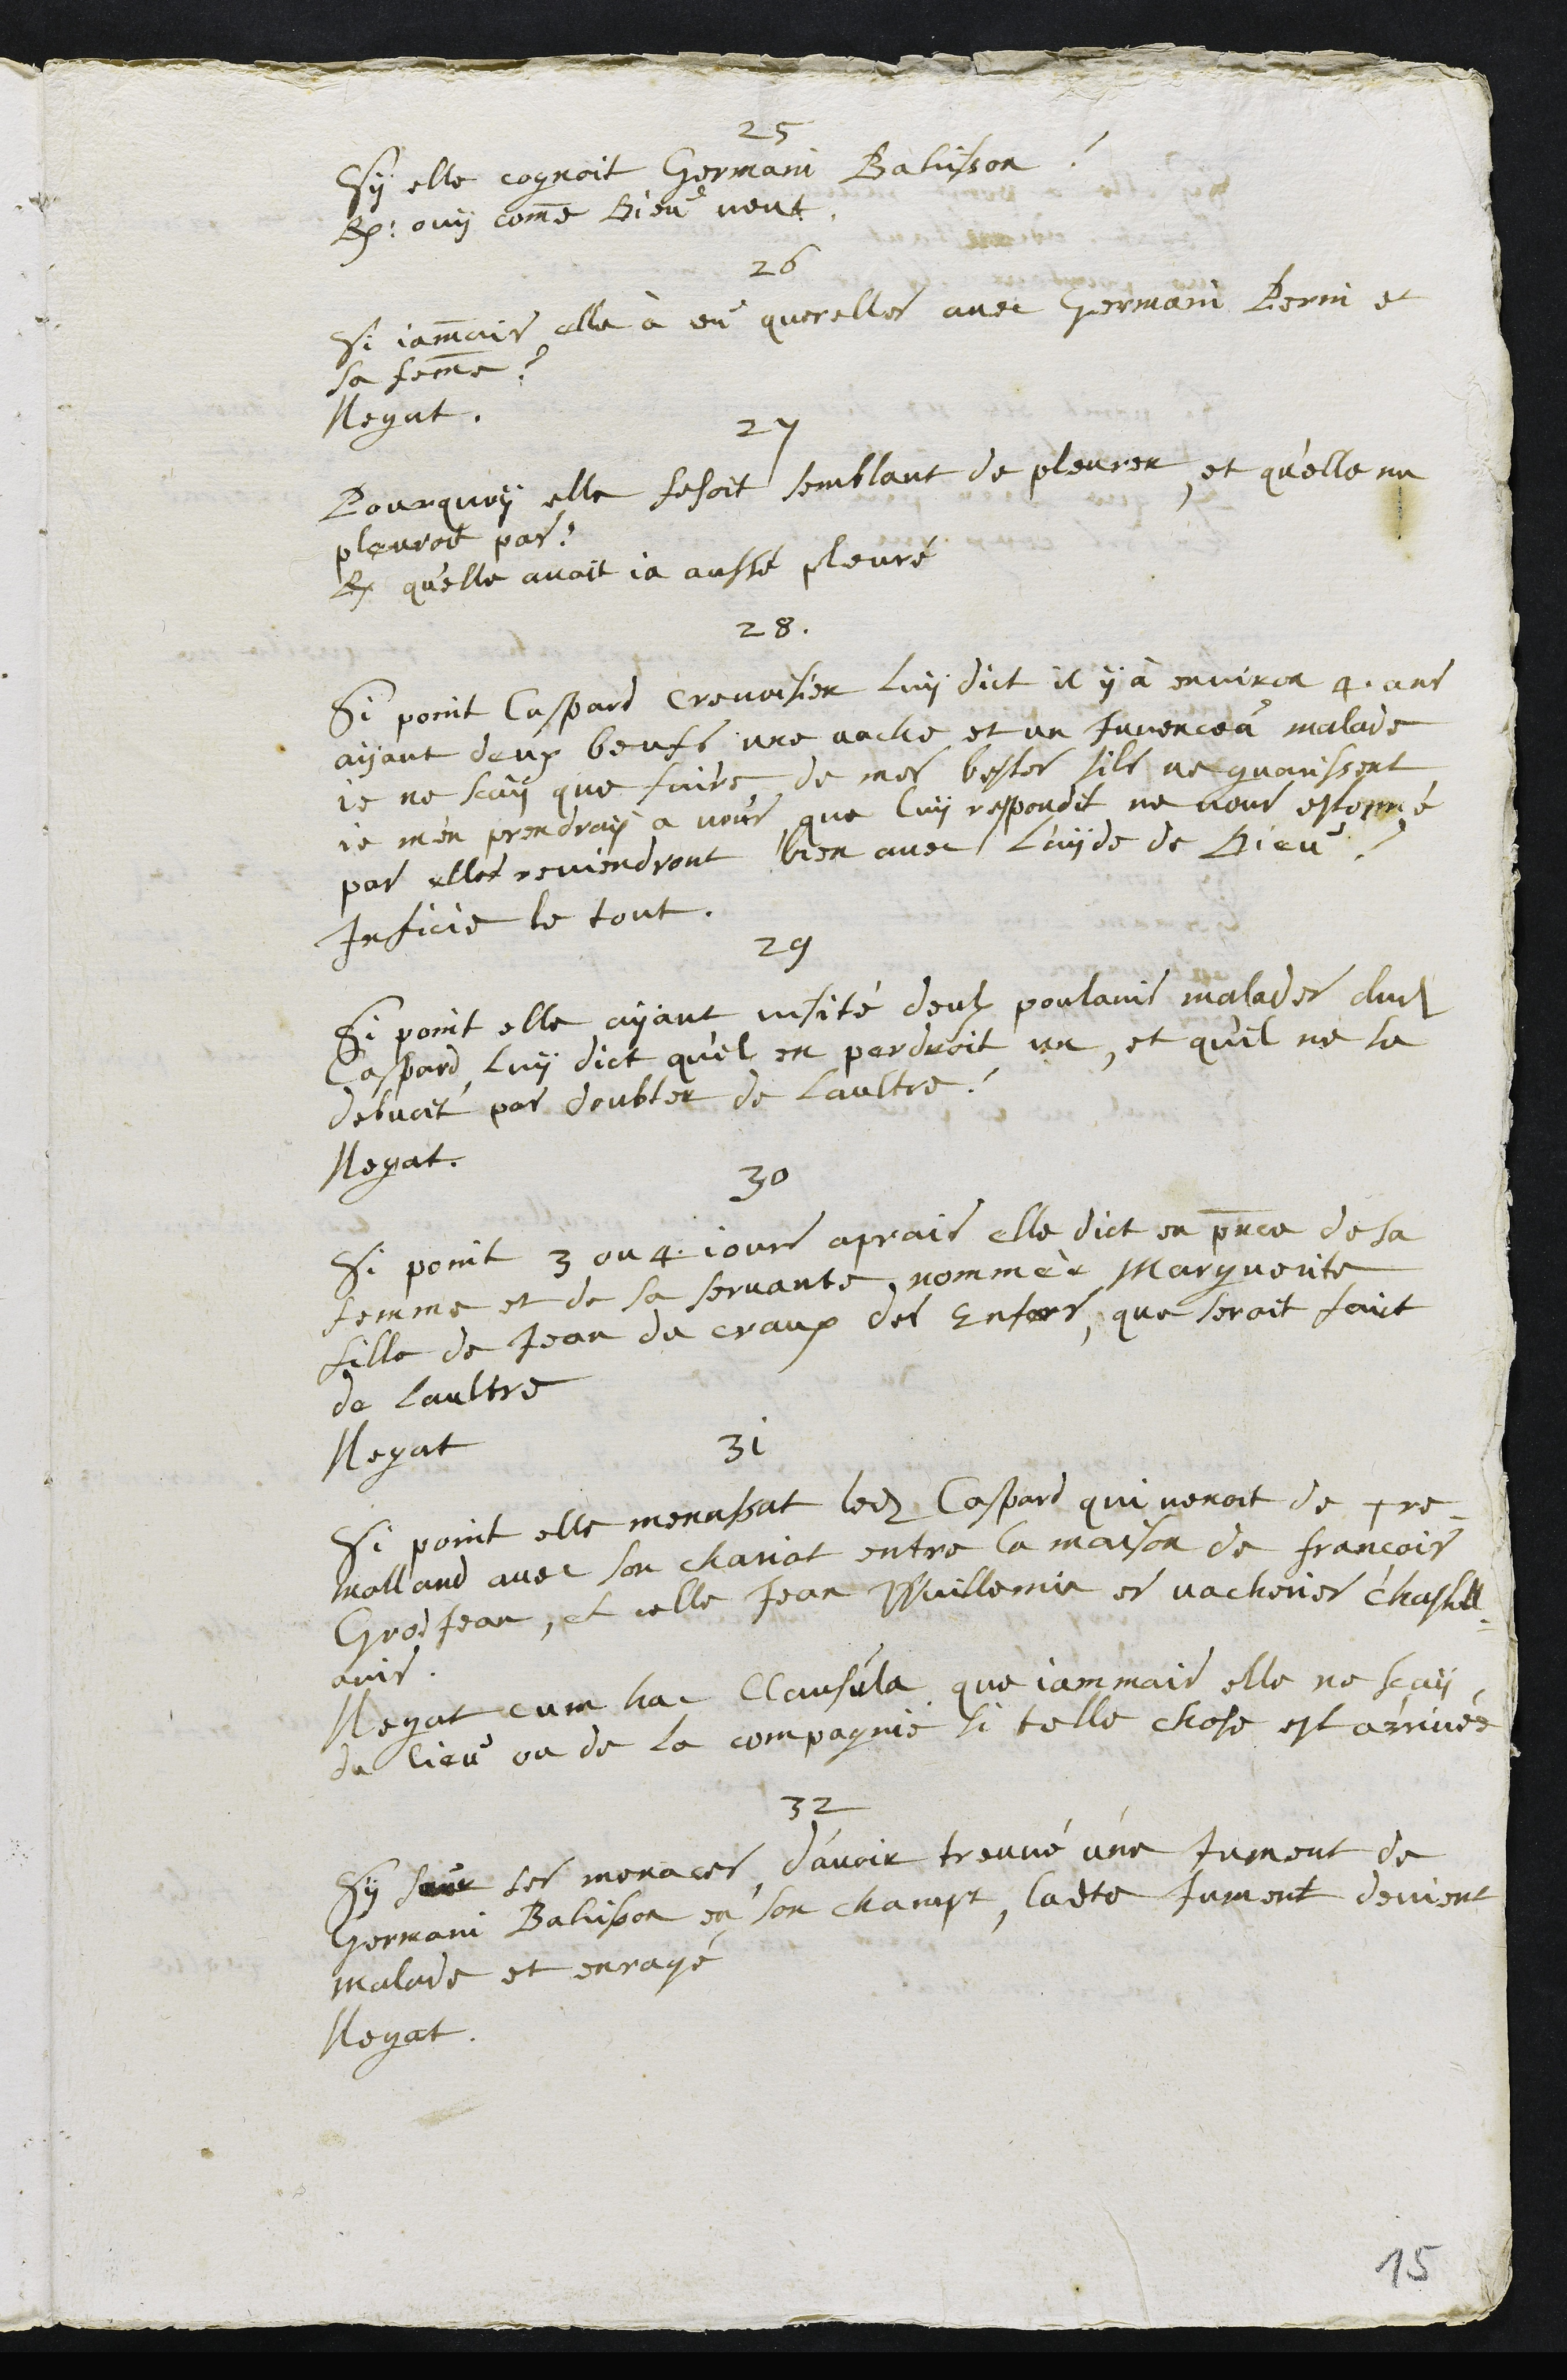
25
Sy elle cognoit Germain Bahisson ?
R. ouy comme Bieu neut
26
Si jamais elle à eu querelles avec Germain Perin et
sa femme ?
Negat.
27
Pourquoy elle fesoit semblant de pleurer, et qu'elle ne
pleuroit pas ?
R. qu'elle avoit ja aussé pleuré
28.
Si point Caspard Crevoisier luy dict il y à environ 4 ans
ayant deux beufs une vache et un juvenceu malade
je ne scay que faits de mes bestes sils ne guarissent
je m'en prendray a vous, que luy respondit ne vous estonné
pas elles reviendront bien avec l'ayde de Dieu ?
Inficie le tout.
29
Si point elle ayant visité deulx poulains malades dudit
Caspard luy dict qu'el en perdroit un, et qu'il ne se
debvoit par deubter de laultre ?
Negat.
30
Si point 3 ou 4 jours aprais elle dict en presence de sa
femme et de sa servante, nommée Marguerite
fille de Jean de Craux des Enfers, que seroit faict
de laultre
Negat
31
Si point elle menassat ledit Caspard qui venoit de Tre¬
molland avec son chariot entre la maison de François
Gros Jean, et celle Jean Wuillemie es vacheriesoner chastell¬
ains.
Negat cum hac Clausula que jammais elle ne sçay
du lieu ou de la compagnie si telle chose est arrivée
32
Sy seur ses menaces d’avoir treuvé une jument de
Germain Bahisson en son champt, ladite jument devient
malade et enragé
Negat.
15